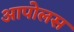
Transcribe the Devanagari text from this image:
आपोलस